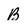
Character: B